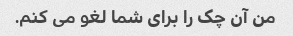
من آن چک را برای شما لغو می کنم.